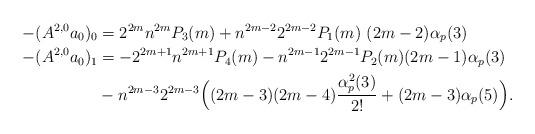
LaTeX: \begin{align*}-(A^{2,0}a_0)_0 &= 2^{2m} n^{2m}P_3(m) + n^{2m-2} 2^{2m -2}P_1(m)\ (2m - 2) \alpha_p(3) \\-(A^{2,0}a_0)_1 &= -2^{2m+1} n^{2m+1}P_4(m) -n^{2m-1} 2^{2m-1}P_2(m) (2m-1)\alpha_p(3) \\ &- n^{2m-3} 2^{2m-3} \Big((2m-3)(2m-4)\frac{\alpha^2_p(3)}{2!}+ (2m-3)\alpha_p(5) \Big). \end{align*}